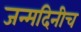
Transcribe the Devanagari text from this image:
जन्मदिनीच